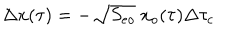
\Delta x ( \tau ) = - \sqrt { S _ { e o } } \ x _ { o } ( \tau ) \Delta \tau _ { c }